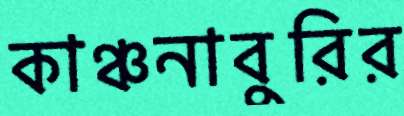
কাঞ্চনাবুরির